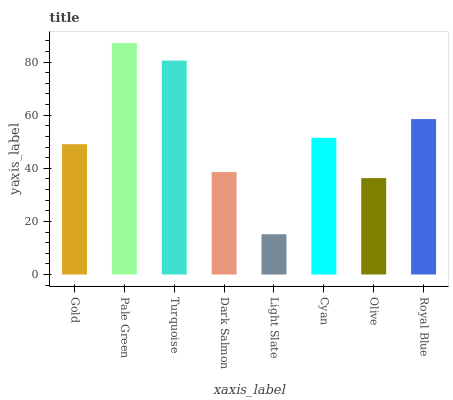
| xaxis_label | bars |
 | --- | --- |
 | Gold | 49.1 |
 | Pale Green | 87.1 |
 | Turquoise | 80.5 |
 | Dark Salmon | 38.6 |
 | Light Slate | 15.2 |
 | Cyan | 51.5 |
 | Olive | 36.3 |
 | Royal Blue | 58.5 |